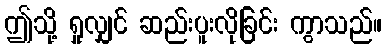
ဤသို့ ရှုလျှင် ဆည်းပူးလိုခြင်း ကွာသည်။